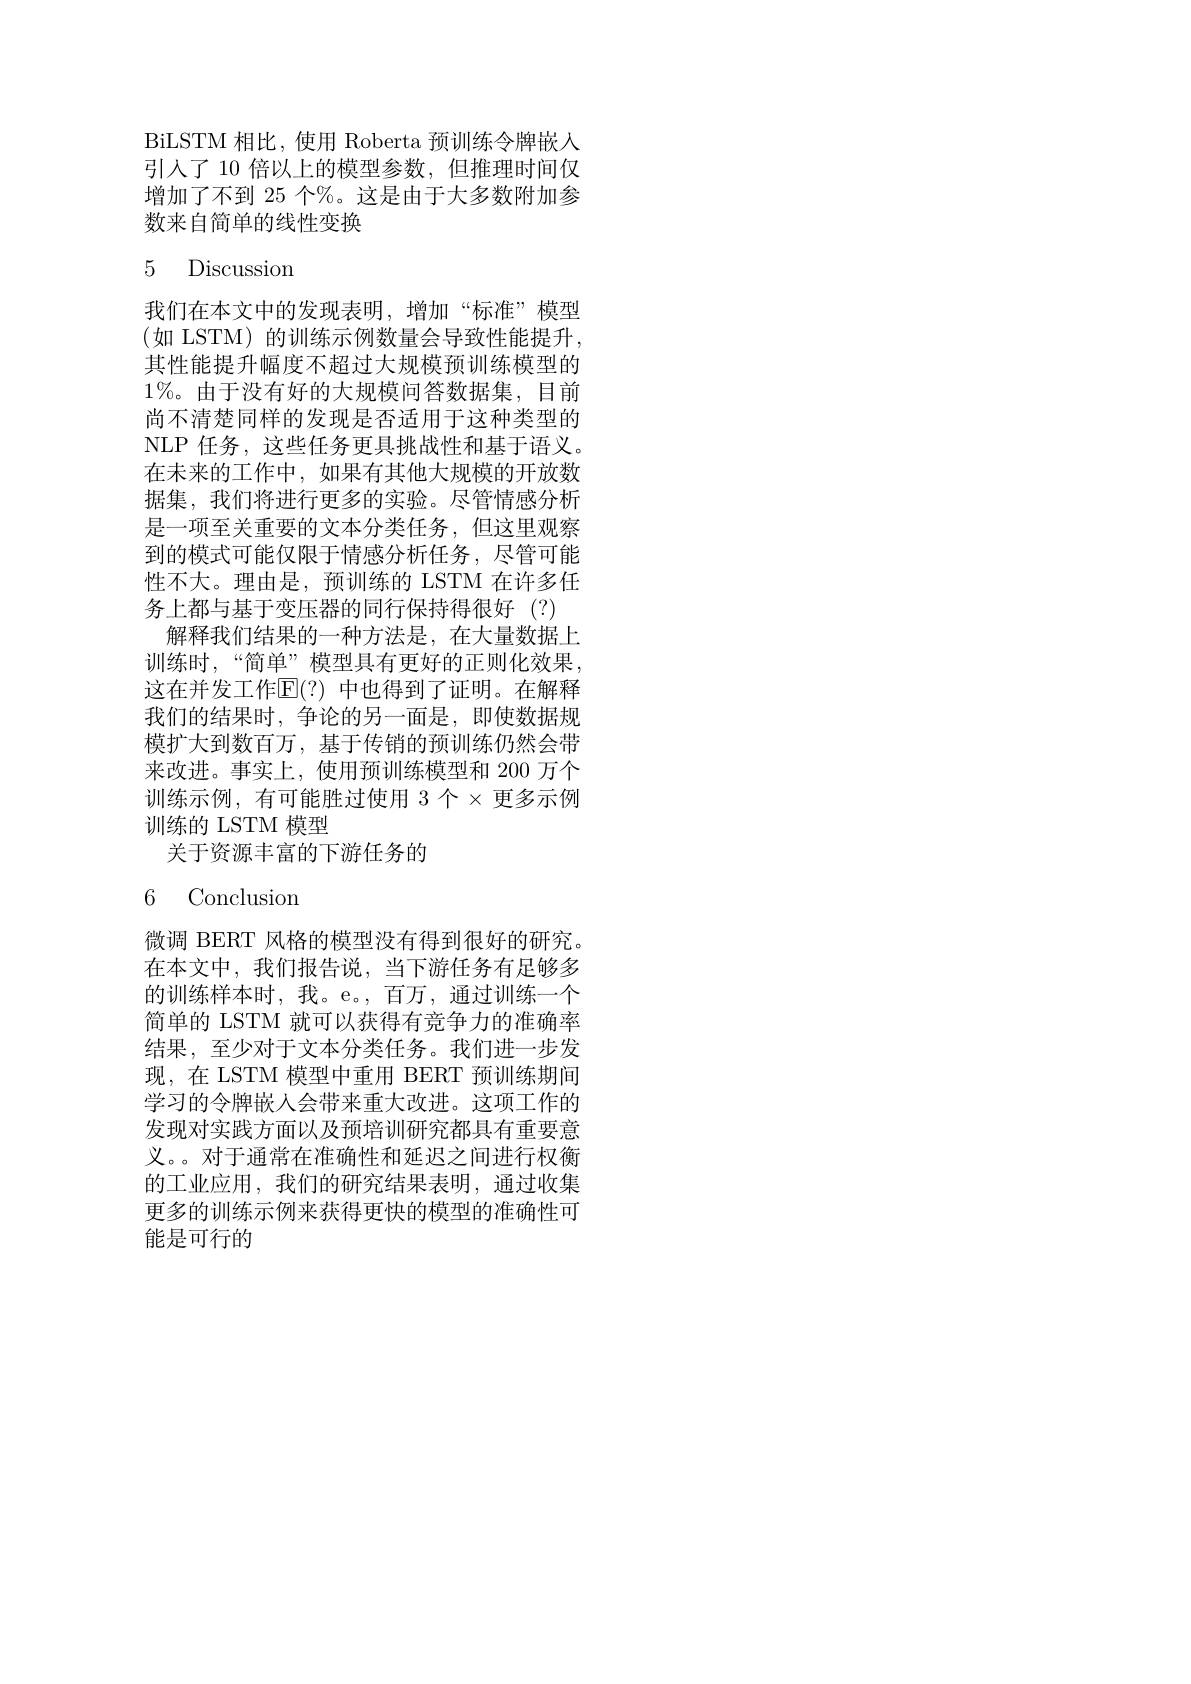
BiLSTM 相比，使用 Roberta 预训练令牌嵌入引入了 10 倍以上的模型参数，但推理时间仅增加了不到 25 个%。这是由于大多数附加参数来自简单的线性变换

# 5 Discussion

我们在本文中的发现表明，增加“标准”模型(如 LSTM)的训练示例数量会导致性能提升， 其性能提升幅度不超过大规模预训练模型的$1\%$。由于没有好的大规模问答数据集，目前尚不清楚同样的发现是否适用于这种类型的NLP 任务，这些任务更具挑战性和基于语义。在未来的工作中，如果有其他大规模的开放数据集，我们将进行更多的实验。尽管情感分析是一项至关重要的文本分类任务，但这里观察到的模式可能仅限于情感分析任务，尽管可能性不大。理由是，预训练的 LSTM 在许多任务上都与基于变压器的同行保持得很好(?) 解释我们结果的一种方法是，在大量数据上训练时，“简单”模型具有更好的正则化效果， 这在并发工作$\operatorname{E}(?)$ 中也得到了证明。在解释我们的结果时，争论的另一面是，即使数据规模扩大到数百万，基于传销的预训练仍然会带来改进。事实上，使用预训练模型和 200 万个训练示例，有可能胜过使用 3个$\times$更多示例训练的 LSTM 模型
关于资源丰富的下游任务的

6 Conclusion

微调 BERT 风格的模型没有得到很好的研究。在本文中，我们报告说，当下游任务有足够多的训练样本时，我。e。,百万，通过训练一个简单的 LSTM 就可以获得有竞争力的准确率结果，至少对于文本分类任务。我们进一步发现，在 LSTM 模型中重用 BERT 预训练期间学习的令牌嵌入会带来重大改进。这项工作的发现对实践方面以及预培训研究都具有重要意义。。对于通常在准确性和延迟之间进行权衡的工业应用，我们的研究结果表明，通过收集更多的训练示例来获得更快的模型的准确性可能是可行的